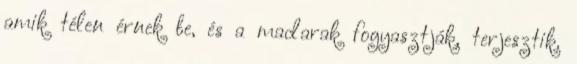
amik télen érnek be, és a madarak fogyasztják, terjesztik.